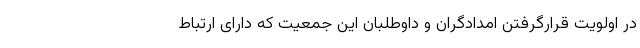
در اولویت قرارگرفتن امدادگران و داوطلبان این جمعیت که دارای ارتباط